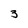
Character: 3